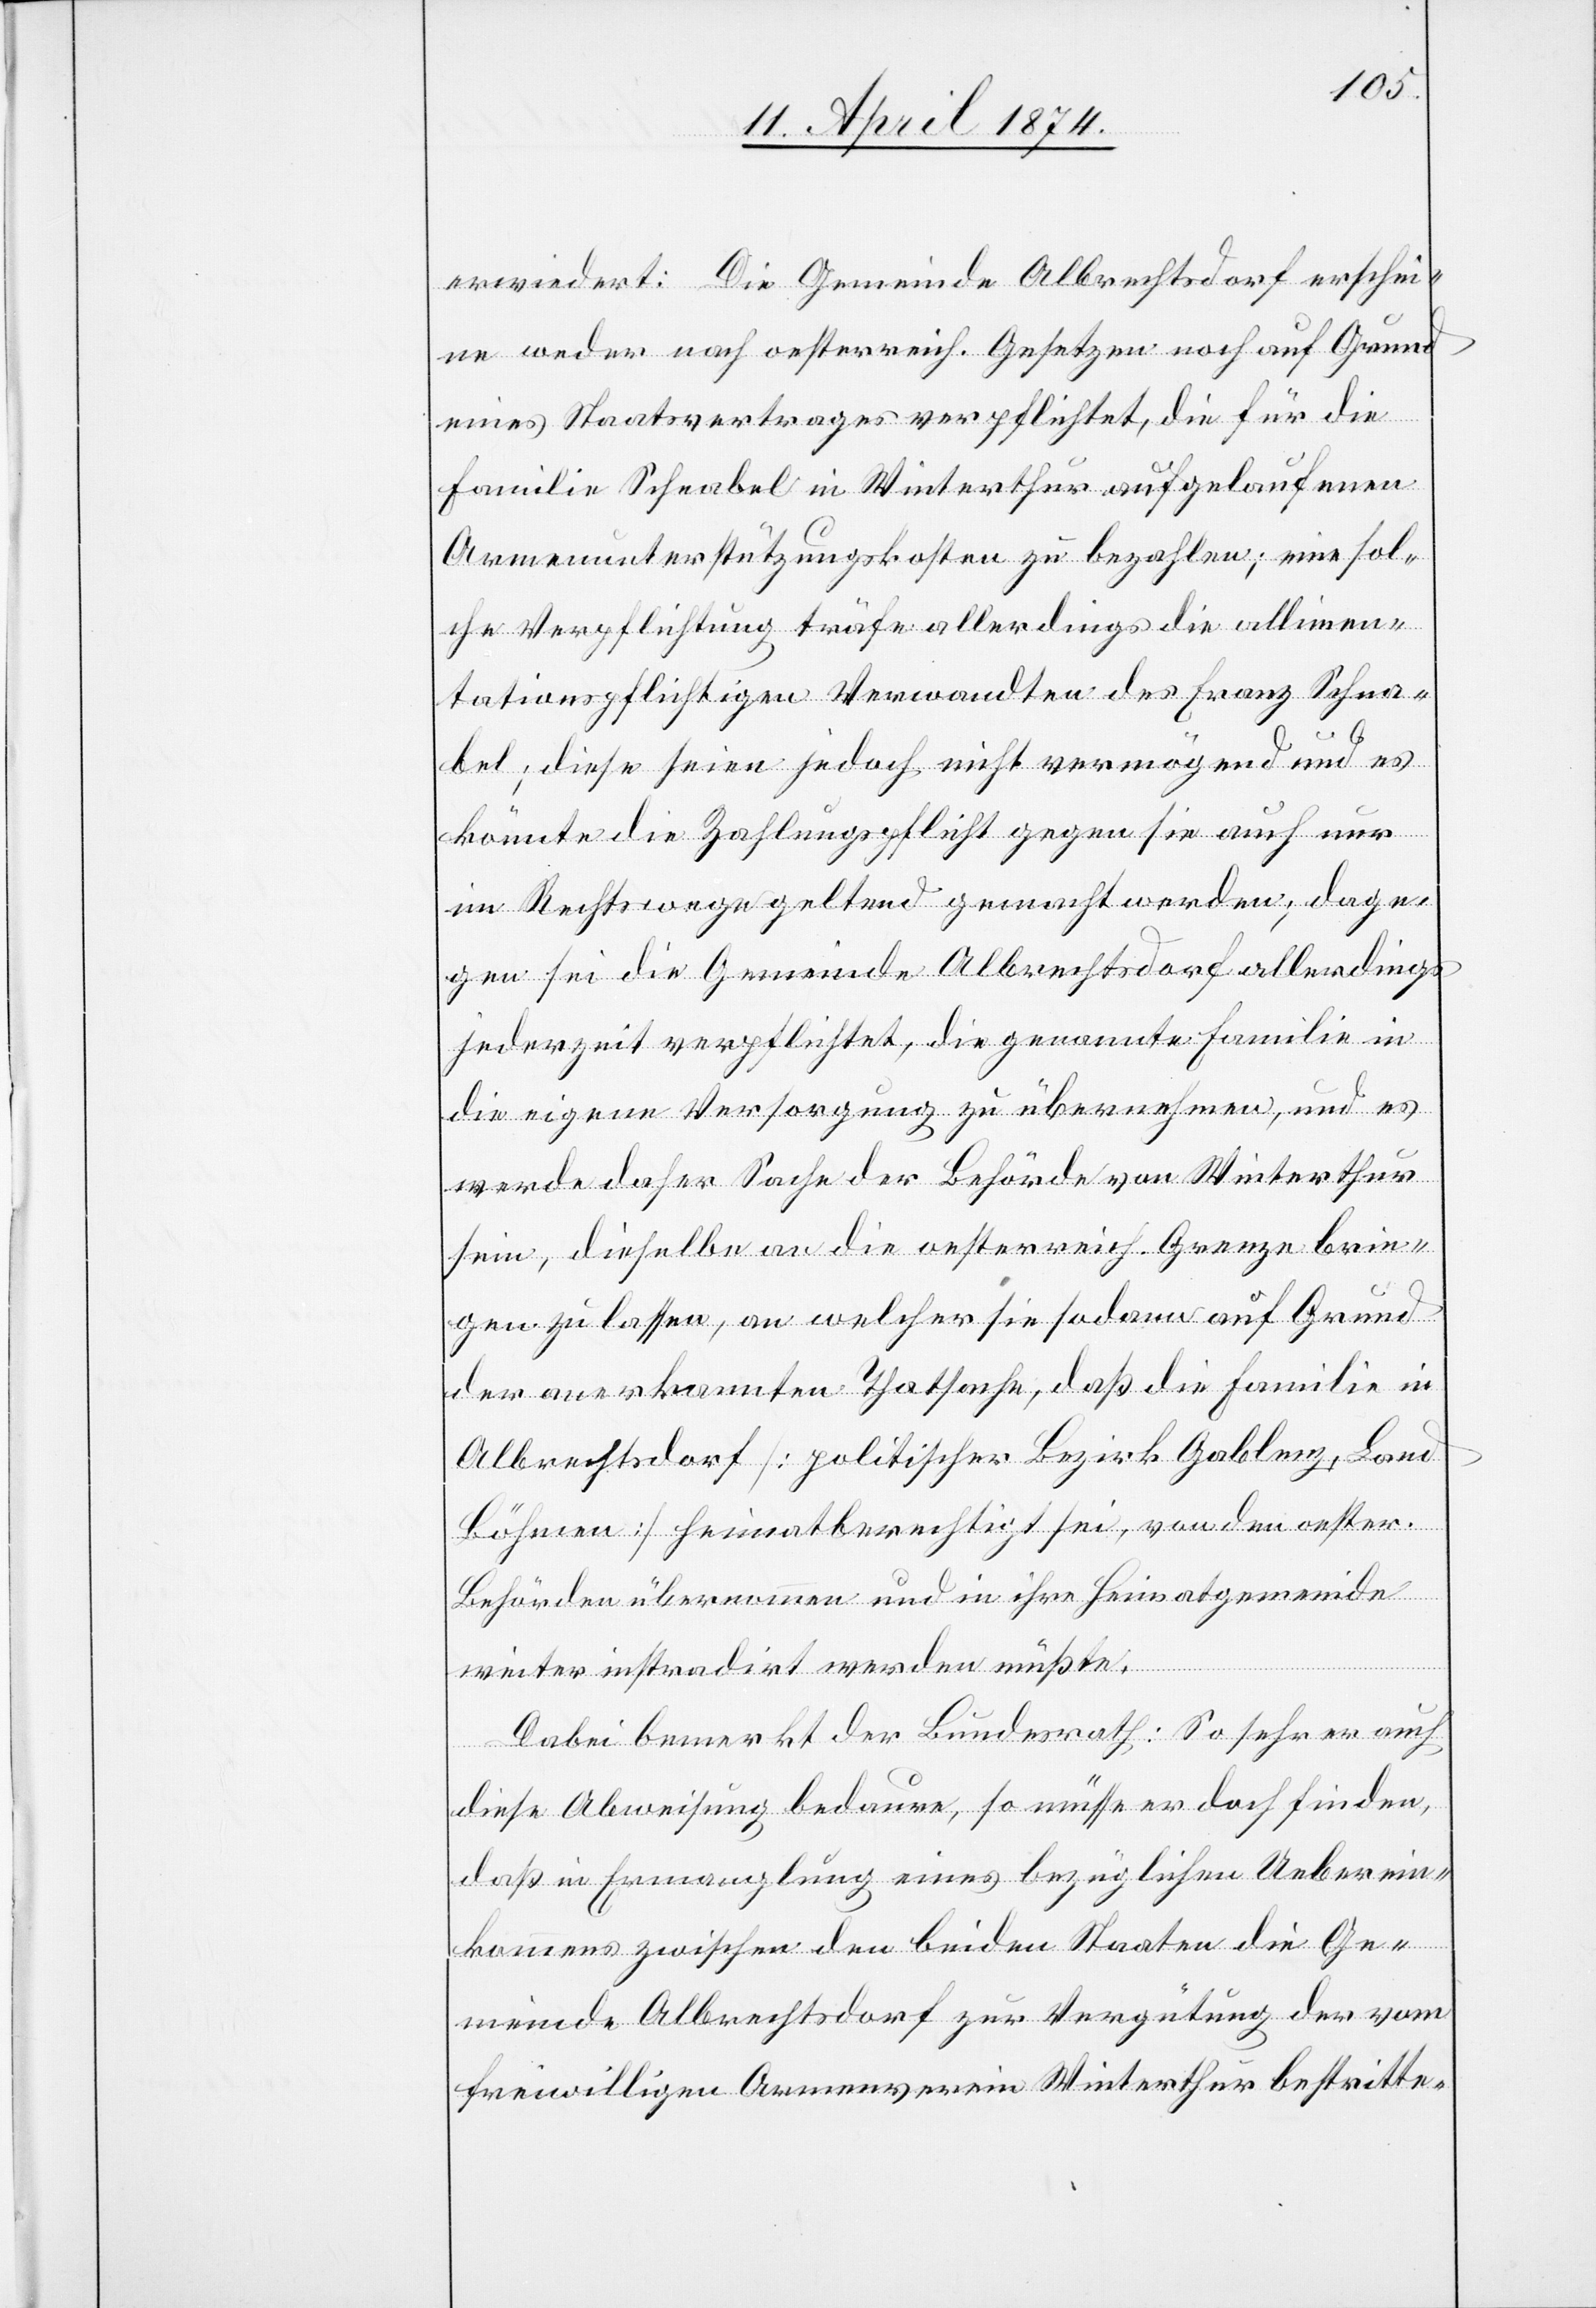
erwiedert: Die Gemeinde Albrechtsdorf erschei¬
ne weder nach oesterreich. Gesetzen noch auf Grund
eines Staatsvertrages verpflichtet, die für die
Familie Schnabel in Winterthur aufgelaufenen
Armenunterstützungskosten zu bezahlen; eine sol¬
che Verpflichtung träfe allerdings die allimen¬
tationspflichtigen Verwandten des Franz Schna¬
bel; diese seien jedoch nicht vermögend und es
könnte die Zahlungspflicht gegen sie auch nur
im Rechtswege geltend gemacht werden; dage¬
gen sei die Gemeinde Albrechtsdorf allerdings
jederzeit verpflichtet, die genannte Familie in
die eigene Versorgung zu übernehmen, und es
werde daher Sache der Behörde von Winterthur
sein, dieselbe an die oesterreich. Grenze brin¬
gen zu lassen, an welcher sie sodann auf Grund
der anerkannten Thatsache, daß die Familie in
Albrechtsdorf [politischer Bezirk Goblenz, Land
Böhmen] heimatberechtigt sei, von den oester.
Behörden übernommen und in ihre Heimatgemeinde
weiter instradirt werden müßte.
Dabei bemerkt der Bundesrath: So sehr er auch
diese Abweisung bedaure, so müsse er doch finden,
daß in Ermanglung eines bezüglichen Ueberein¬
kommens zwischen den beiden Staaten die Ge¬
meinde Albrechtsdorf zur Vergütung der vom
freiwilligen Armenverein Winterthur bestritte-